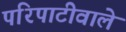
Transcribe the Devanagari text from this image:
परिपाटीवाले